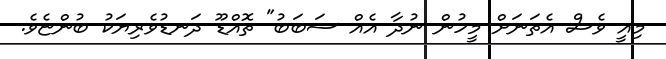
މިއީ ވެސް އެތަނަށް މީހުން ނުދާ އެއް ސަބަބު" ތޮއްޑޫ ދަނޑުވެރިޔަކު ބުންޏެވެ.